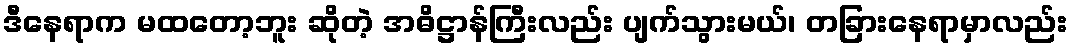
ဒီနေရာက မထတော့ဘူး ဆိုတဲ့ အဓိဋ္ဌာန်ကြီးလည်း ပျက်သွားမယ်၊ တခြားနေရာမှာလည်း